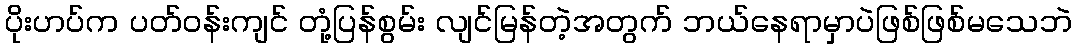
ပိုးဟပ်က ပတ်ဝန်းကျင် တုံ့ပြန်စွမ်း လျင်မြန်တဲ့အတွက် ဘယ်နေရာမှာပဲဖြစ်ဖြစ်မသေဘဲ